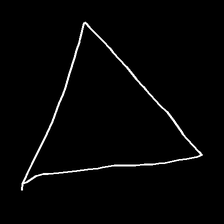
Glyph: convergence